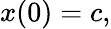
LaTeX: x(0)=c,